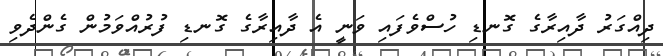
ދިއްގަރު ދާއިރާގެ ގޮނޑި ހުސްވެފައި ވަނީ އެ ދާއިރާގެ ގޮނޑި ފުރުއްވަމުން ގެންދެވި